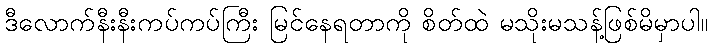
ဒီလောက်နီးနီးကပ်ကပ်ကြီး မြင်နေရတာကို စိတ်ထဲ မသိုးမသန့်ဖြစ်မိမှာပါ။